Sanitation, dispensaries and jails vaccination Rajputana 1922-1927 - 1922-1927
Year: 1922
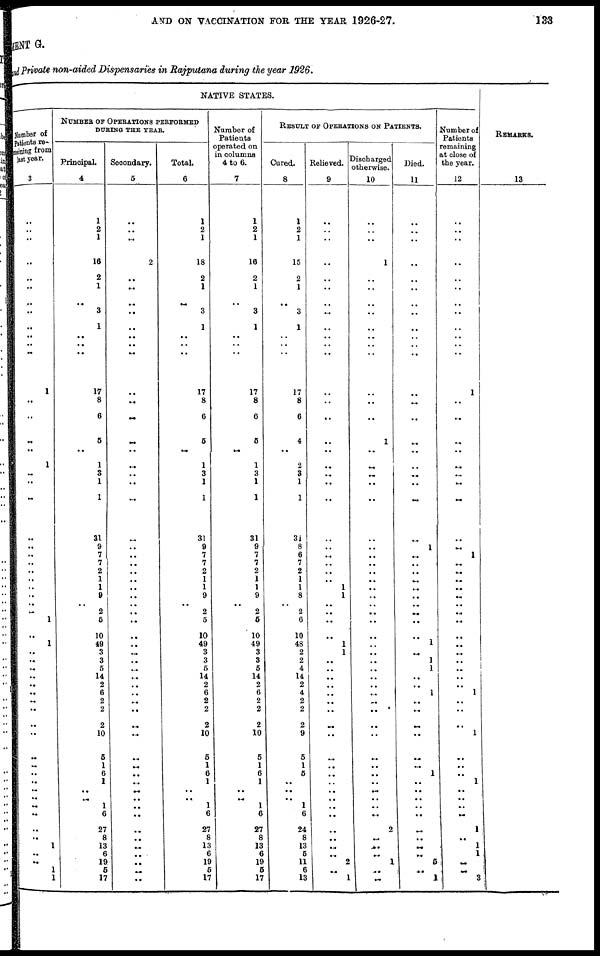
AND ON VACCINATION FOR THE YEAR 1926-27.
133
MENT G.
and Private non-aided Dispensaries in Rajputana during the year 1926.
NATIVE STATES.
Number of
patients re¬
maining from
last year.
3
..
..
..
..
..
..
..
..
..
..
..
..
1
..
..
..
..
1
..
..
..
..
..
..
..
..
..
..
..
..
..
1
..
1
..
..
..
..
..
..
..
..
..
..
..
..
..
..
..
..
..
..
..
..
1
..
..
1
1
NUMBER OF OPERATIONS PERFORMED
DURING THE YEAR.
Principal.
4
1
2
1
16
2
1
..
3
1
..
..
..
17
8
6
5
..
1
3
1
1
31
9
7
7
2
1
1
9
.. 2
5
10
49
3
3
5
14
2
6
2
2
2
10
5
1
6
1
..
.. 1
6
27
8
13
6
19
5
17
Secondary.
5
..
..
..
2
..
..
..
..
..
..
..
..
..
..
..
..
..
..
..
..
..
..
..
..
..
..
..
..
..
..
..
..
..
..
..
..
..
..
..
..
..
..
..
..
..
..
..
...
..
..
..
..
..
..
..
..
..
...
..
Total.
6
1
2
1
18
2
1
..
3
1
..
..
..
17
8
6
5
..
1
3
1
1
31
9
7
7
2
1
1
9
.. 2
5
10
49
3
3
5
14
2
6
2
2
2
10
5
1
6
1
..
..
1
6
27
8
13
6
19
5
17
Number of
Patients
operated on
in columns
4 to 6.
7
1
2
1
16
2
1
..
3
1
..
..
..
17
8
6
5
..
1
3
1
1
31
9
7
7
2
1
1
9
.. 2
5
10
49
3
3
5
14
2
6
2
2
2
10
5
1
6
1
..
.. 1
6
27
8
13
6
19
5
17
RESULT OF OPERATIONS ON PATIENTS.
Cured.
8
1
2
1
15
2
1
..
3
1
..
..
..
17
8
6
4
..
2
3
1
1
31
8
6
7
2
1
1
8
.. 2
6
10
48
2
2
4
14
2
4
2
2
2
9
5
1
5
..
..
.. 1
6
24
8
13
6
11
6
13
Relieved.
9
..
..
..
..
..
..
..
..
..
..
..
..
..
..
..
..
..
..
..
..
..
..
..
..
..
..
..
1
1
..
..
..
..
1
1
..
..
..
..
..
..
..
..
..
..
..
..
..
..
..
..
..
..
..
..
..
2
..
1
Discharged
otherwise.
10
..
..
..
1
..
..
..
..
..
..
..
..
..
..
..
1
..
..
..
..
..
..
..
..
..
..
..
..
..
..
..
..
..
..
..
..
..
..
..
..
..
..
..
..
..
..
..
..
..
..
..
..
2
..
..
..
1
..
..
Died.
11
..
..
..
..
..
..
..
..
..
..
..
..
..
...
..
..
..
..
..
..
..
..
1
..
..
..
..
..
..
..
..
..
..
1
..
1
1
..
..
1
..
..
..
..
..
..
1
..
..
..
..
..
..
..
..
..
5
..
1
Number of
Patients
remaining
at close of
the year.
12
..
..
..
..
..
..
..
..
..
..
..
..
1
..
..
..
..
..
..
..
..
..
..
1
..
..
..
..
..
..
..
..
..
..
..
..
..
..
..
1
..
..
..
1
..
..
..
1
..
..
..
..
1
..
1
1
..
..
3
REMARKS.
13